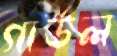
গার্ডল